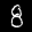
Label: 8